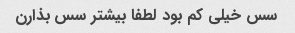
سس خیلی کم بود لطفا بیشتر سس بذارن